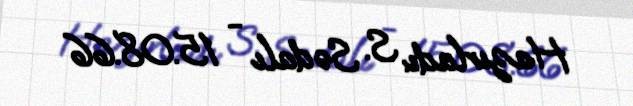
Hazırladı: S. Sədalı - 15.08.66